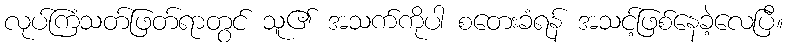
လုပ်ကြံသတ်ဖြတ်ရာတွင် သူ၏ အသက်ကိုပါ စတေးခံရန် အသင့်ဖြစ်နေခဲ့လေပြီ။